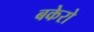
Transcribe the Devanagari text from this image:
बकेरो